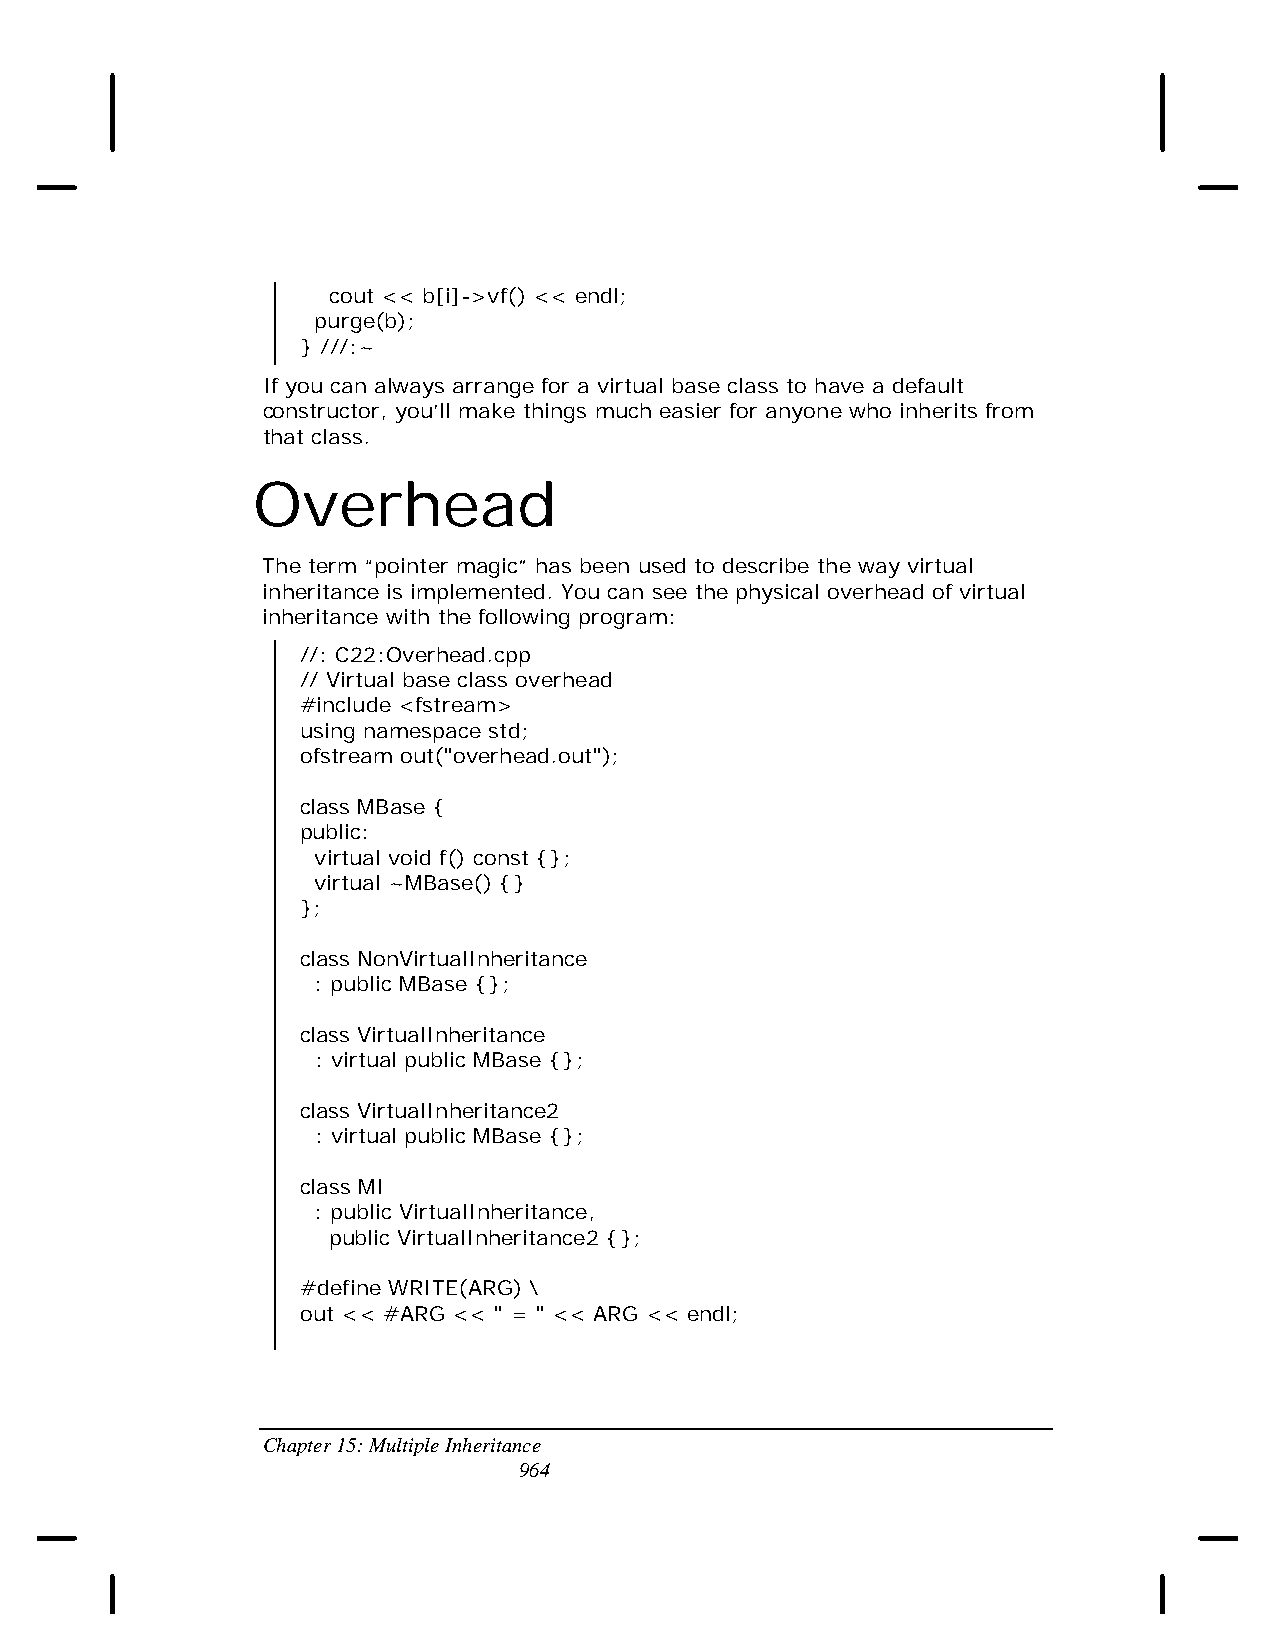
cout << b[i]->vf() << endl;
 purge(b);
 } ///:~
 If you can always arrange for a virtual base class to have a default
 constructor, you’ll make things much easier for anyone who inherits from
 that class.
 Overhead
 The term “pointer magic” has been used to describe the way virtual
 inheritance is implemented. You can see the physical overhead of virtual
 inheritance with the following program:
 //: C22:Overhead.cpp
 // Virtual base class overhead
 #include <fstream>
 using namespace std;
 ofstream out("overhead.out");
 class MBase {
 public:
 virtual void f() const {};
 virtual ~MBase() {}
 };
 class NonVirtualInheritance
 : public MBase {};
 class VirtualInheritance
 : virtual public MBase {};
 class VirtualInheritance2
 : virtual public MBase {};
 class MI
 : public VirtualInheritance,
 public VirtualInheritance2 {};
 #define WRITE(ARG) \
 out << #ARG << " = " << ARG << endl;
 Chapter 15: Multiple Inheritance
 964